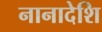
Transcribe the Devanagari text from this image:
नानादेशि